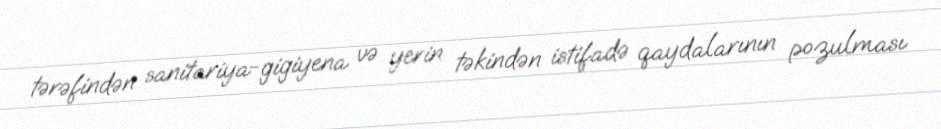
tərəfindən sanitariya-gigiyena və yerin təkindən istifadə qaydalarının pozulması